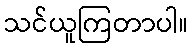
သင်ယူကြတာပါ။